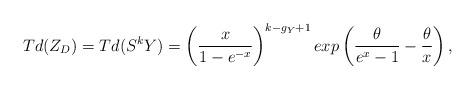
LaTeX: \begin{align*}Td(Z_{D})=Td(S^{k}Y)=\left(\frac{x}{1-e^{-x}}\right)^{k-g_{Y}+1}exp\left(\frac{\theta}{e^{x}-1}-\frac{\theta}{x}\right), \end{align*}